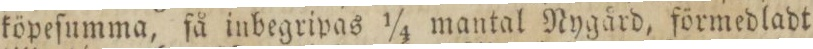
köpeſumma, få inbegripas ¼ mantal Nygård, förmedladt